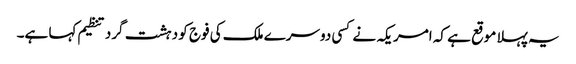
یہ پہلا موقع ہے کہ امریکہ نے کسی دوسرے ملک کی فوج کو دہشت گرد تنظیم کہا ہے۔